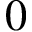
0